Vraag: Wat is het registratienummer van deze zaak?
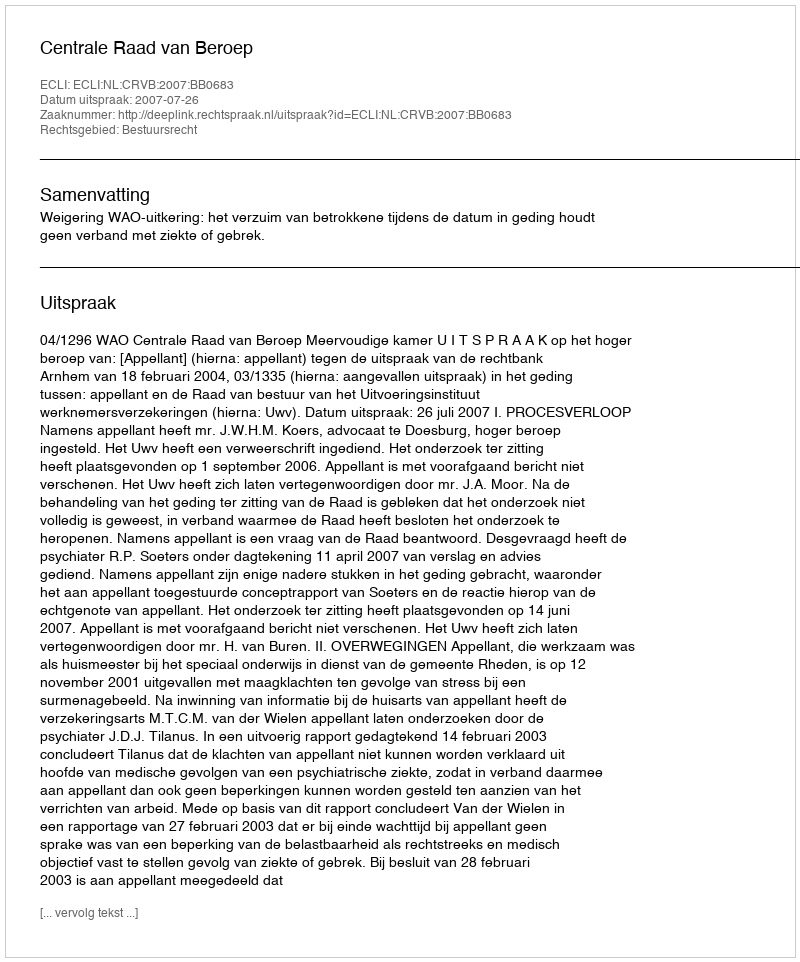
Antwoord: http://deeplink.rechtspraak.nl/uitspraak?id=ECLI:NL:CRVB:2007:BB0683